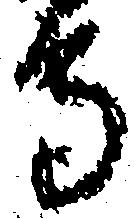
守